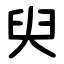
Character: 臾